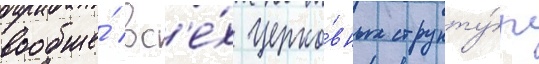
вообще́ вс'е́х церко́вных структу́р